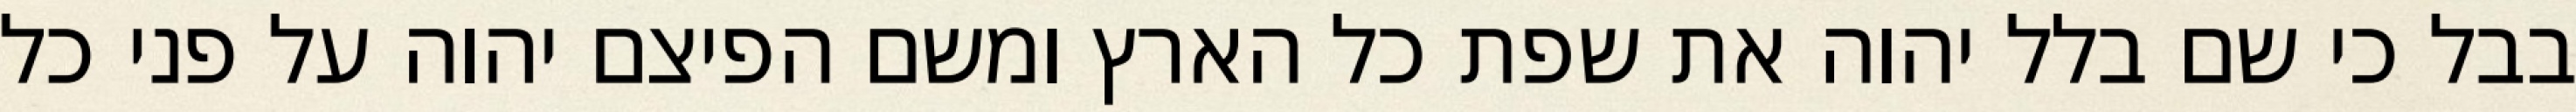
בבל כי שם בלל יהוה את שפת כל הארץ ומשם הפיצם יהוה על פני כל